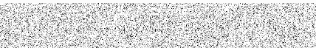
បងប្អូនប្រជាពលរដ្ឋនិងសមត្ថកិច្ច។ ហេតុការ